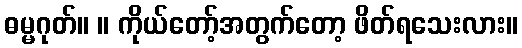
ဓမ္မဂုတ်။ ။ ကိုယ်တော့်အတွက်တော့ ဖိတ်ရသေးလား။